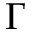
\Gamma